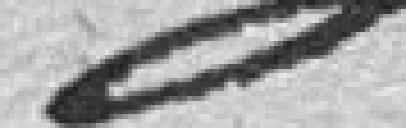
..........